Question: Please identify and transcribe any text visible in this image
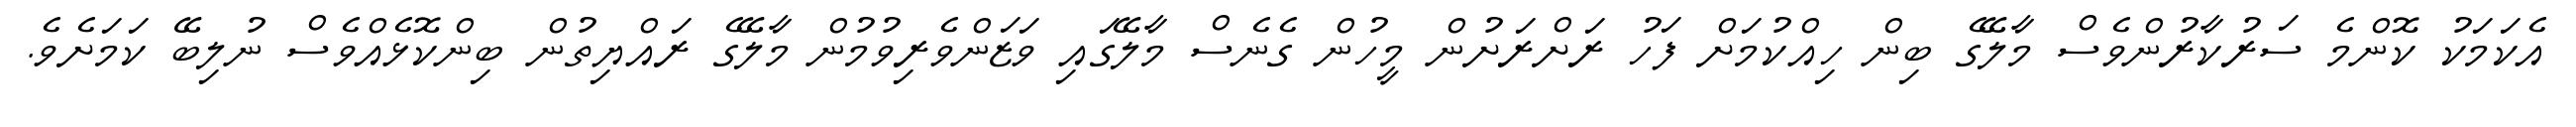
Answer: އެކަމަކު ކޮންމެ ސަރުކާރުންވެސް މާލޭގެ ބިން ހިއްކުމަށް ފަހު ރަށްރަށުން މީހުން ގެނެސް މާލޭގައި ވަޒަންވެރިވުމުން މާލޭގެ ރައްޔިތުން ބިންކޮޅެއްވެސް ނުލިބޭ ކަމަށެވެ.